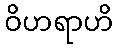
ဝိဟရာဟိ